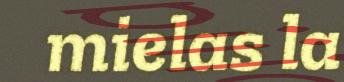
mielas la